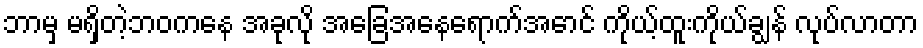
ဘာမှ မရှိတဲ့ဘဝကနေ အခုလို အခြေအနေရောက်အောင် ကိုယ့်ထူးကိုယ်ချွန် လုပ်လာတာ